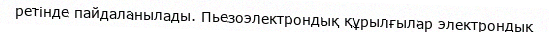
ретінде пайдаланылады. Пьезоэлектрондық құрылғылар электрондық